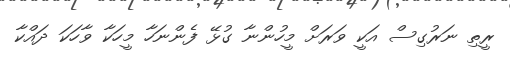
ރީތި ނަރުގިސް އަކީ ވަރަށް މީހުންނާ ގުޅޭ ފެންނަހާ މީހަކާ ވާހަކަ ދައްކާ